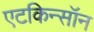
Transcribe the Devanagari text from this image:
एटकिन्सॉन